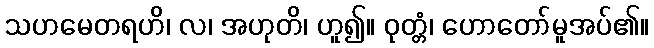
သဟမေတရဟိ၊ လ၊ အဟုတိ၊ ဟူ၍။ ဝုတ္တံ၊ ဟောတော်မူအပ်၏။